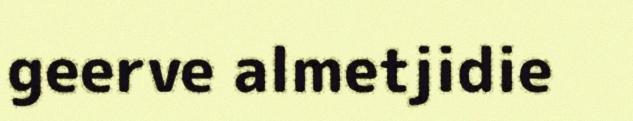
geerve almetjidie